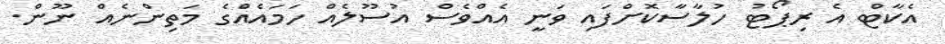
އެކާޓް އެ ރިޕޯޓު ހުލާސާކޮށްފައި ވަނީ އެއްވެސް އުސޫލެއް ހަމައެއްގެ މަތިންނެއް ނޫން.